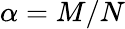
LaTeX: \alpha=M/N